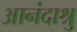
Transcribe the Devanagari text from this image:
आनंदाश्रु